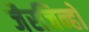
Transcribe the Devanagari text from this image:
जैरजिन्हो